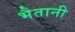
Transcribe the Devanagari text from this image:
भैतानी